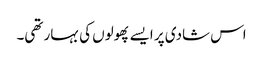
اس شادی پر ایسے پھولوں کی بہار تھی۔